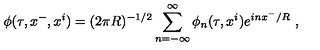
\phi ( \tau , x ^ { - } , x ^ { i } ) = ( 2 \pi R ) ^ { - 1 / 2 } \sum _ { n = - \infty } ^ { \infty } \phi _ { n } ( \tau , x ^ { i } ) e ^ { i n x ^ { - } / R } \ ,